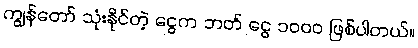
ကျွန်တော် သုံးနိုင်တဲ့ ငွေက ဘတ် ငွေ ၁၀၀၀ ဖြစ်ပါတယ်။